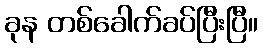
ခုန တစ်ခေါက်ခပ်ပြီးပြီ။